画像に写った文字を読んでください
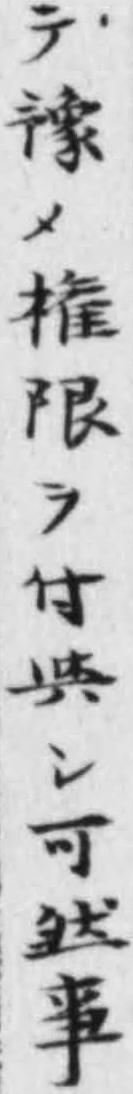
「テ豫メ権限ヲ付與シ可然亊」と書いてあります